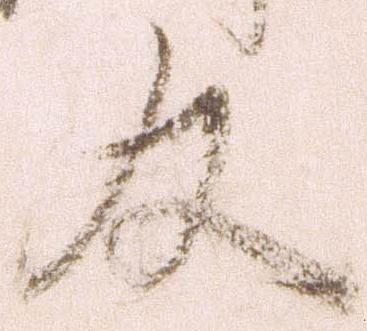
及